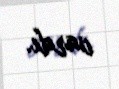
vardı.